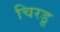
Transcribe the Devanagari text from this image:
चिरडू